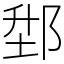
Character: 𨛘